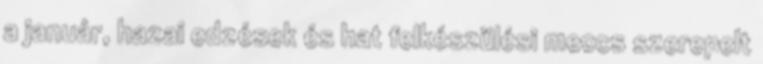
a január, hazai edzések és hat felkészülési meccs szerepelt